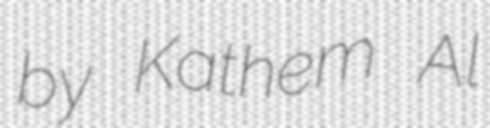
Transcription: by Kathem Al